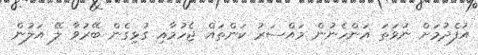
އުފެދުމަށް ނުވަތަ އަންހެނުން މައްސަރު ކަންތައް ޖެހުމާއި ގުޅިގެން ބޭރުވާ ލޭ އަލުން